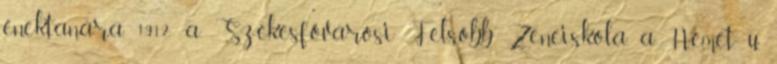
énektanára, 1912: a Székesfővárosi Felsőbb Zeneiskola, a Német u.